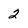
Character: 2